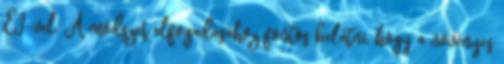
EI-vel. A módszer elfogadásához fontos belátni, hogy a növényes